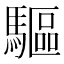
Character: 驅